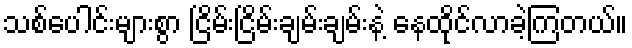
သစ်ပေါင်းများစွာ ငြိမ်းငြိမ်းချမ်းချမ်းနဲ့ နေထိုင်လာခဲ့ကြတယ်။